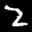
Label: 2